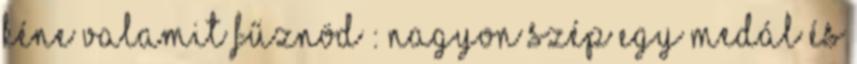
kéne valamit fűznöd : nagyon szép Egy medál és